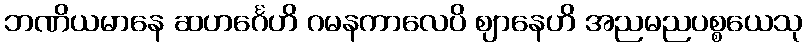
ဘဏိယမာနေ ဆဟင်္ဂေဟိ ဂမနကာလေပိ ဈာနေဟိ အညမညပစ္စယေသု